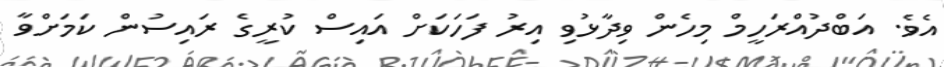
އެވެ. އަބްދުއްރަހީމް މިހެން ވިދާޅުވި އިރު ފަހަކަށް އައިސް ކުރީގެ ރައިސުން ކަމަށްވާ